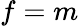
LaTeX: f=m